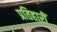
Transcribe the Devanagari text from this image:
प्रतिहारीं